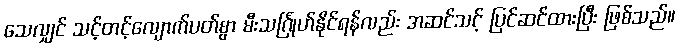
သေလျှင် သင့်တင့်လျောက်ပတ်စွာ မီးသင်္ဂြုဟ်နိုင်ရန်လည်း အဆင်သင့် ပြင်ဆင်ထားပြီး ဖြစ်သည်။